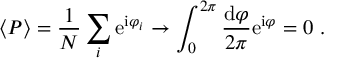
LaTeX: \langle { \cal P } \rangle = \frac { 1 } { N } \sum _ { i } \mathrm { e } ^ { \mathrm { i } \varphi _ { i } } \to \int _ { 0 } ^ { 2 \pi } \frac { \mathrm { d } \varphi } { 2 \pi } \mathrm { e } ^ { \mathrm { i } \varphi } = 0 \ .